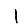
Digit: 1